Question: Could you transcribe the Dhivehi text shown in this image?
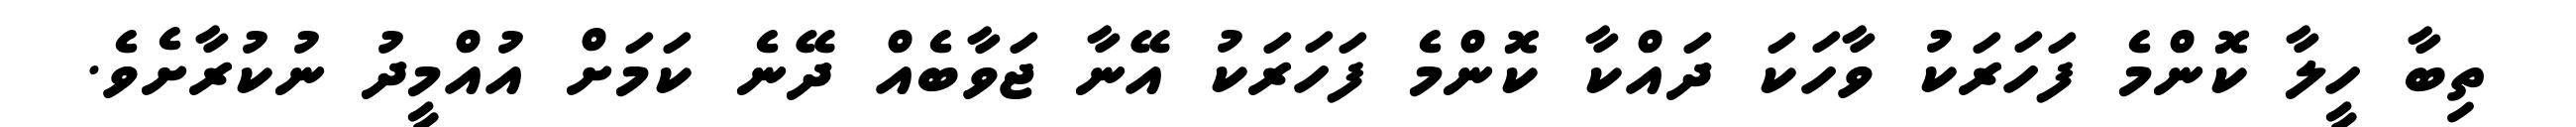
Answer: ތިބާ ހީލާ ކޮންމެ ފަހަރަކު ވާހަކަ ދައްކާ ކޮންމެ ފަހަރަކު އޭނާ ޖަވާބެއް ދޭނެ ކަމަށް އުއްމީދު ނުކުރާށެވެ.